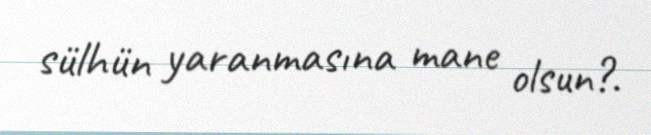
sülhün yaranmasına mane olsun?.